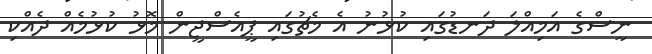
ނީސްގެ އަމިއްލަ ދަނޑުގައި ކުޅުނު އެ މެޗުގައި ޕީއެސްޖީން މޮޅު ކުޅުމެއް ދެއްކި